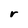
Character: r